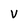
Character: V